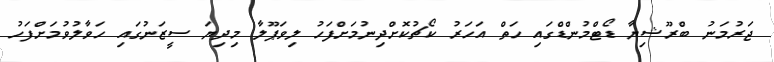
ޖަރުމަނު ބްރޫޝިޔާ ޑޯޓްމުންޑްގައި ހަތް އަހަރު ކޯޗުކޮށްދިނުމަށްފަހު ލިވަޕޫލާ މިދިޔަ ސީޒަނުގައި ހަވާލުވުމަށްފަހު